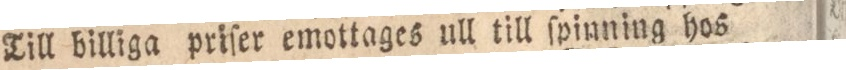
Till billiga priſer emottages ull till ſpinning hos